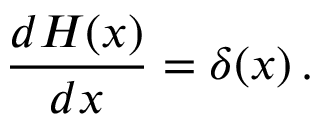
{ \frac { d H ( x ) } { d x } } = \delta ( x ) \, .